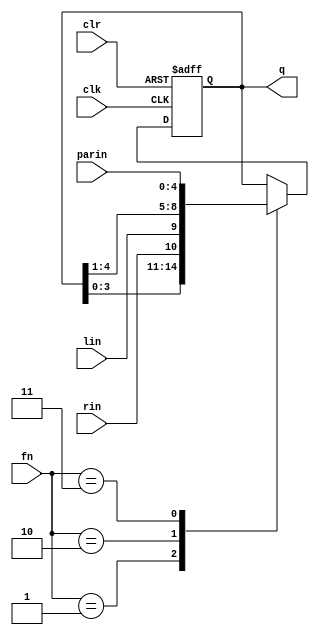
module UniShiftReg(clk,clr,fn,q,lin,rin,parin);
    input [1:0]fn;
    input lin,rin,clk,clr;
    parameter N = 5;
    input [N-1:0]parin;
    output reg [N-1:0]q;
    parameter Hold = 2'b00, RShift=2'b01,LShift=2'b10,Load=2'b11;
    always @(posedge clk or posedge clr)
        if(clr)
            q<=0;
        else
            case (fn)
                Hold: ;
                RShift: q<={q[N-2:0],rin};
                LShift: q<={lin,q[N-1:1]};
                Load: q<=parin;
            endcase
endmodule